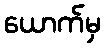
ယောက်မှ